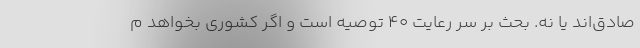
صادق‌اند یا نه. بحث بر سر رعایت 40 توصیه است و اگر کشوری بخواهد م